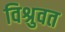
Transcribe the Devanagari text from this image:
विश्रुवत